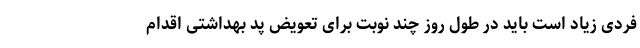
فردی زیاد است باید در طول روز چند نوبت برای تعویض پد بهداشتی اقدام